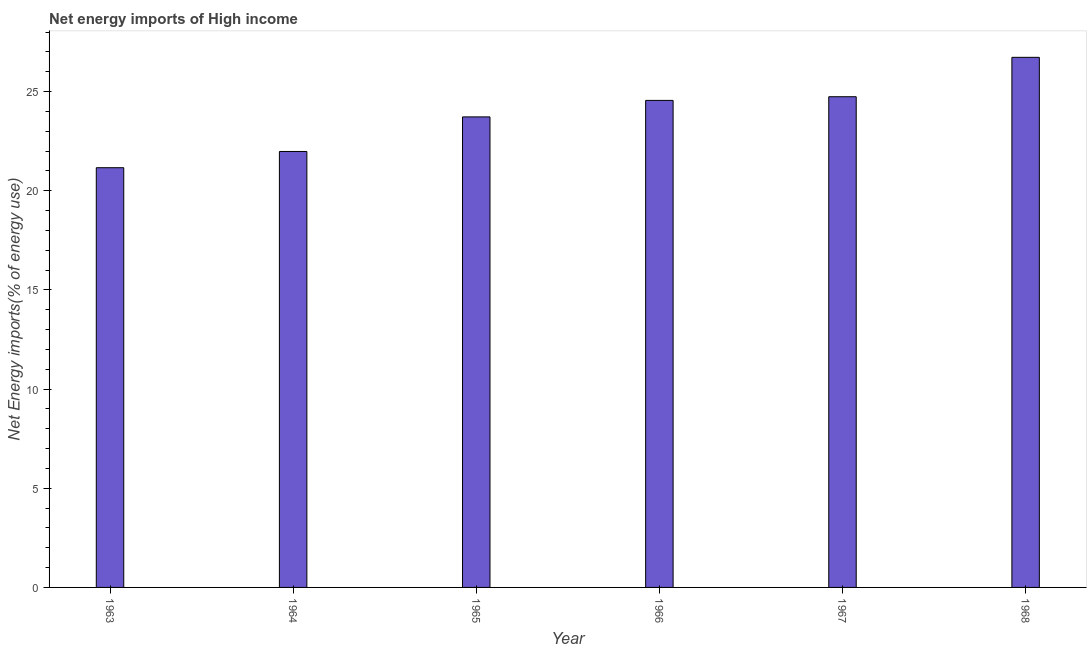
| Year | Energy imports |
 | --- | --- |
 | 1963 | 21.2 |
 | 1964 | 22 |
 | 1965 | 23.7 |
 | 1966 | 24.6 |
 | 1967 | 24.7 |
 | 1968 | 26.7 |